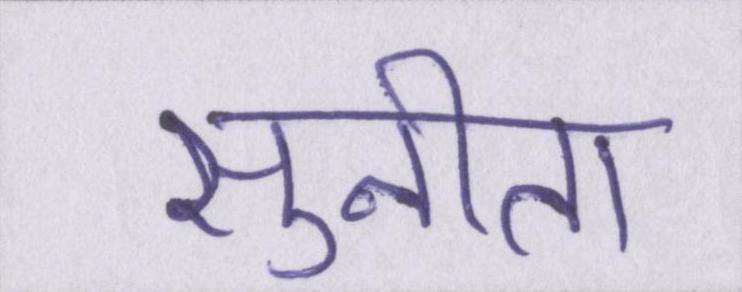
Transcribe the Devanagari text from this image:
सुनीता